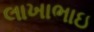
લાખાભાઇ